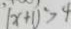
( x + 1 ) ^ { 2 } > 4